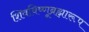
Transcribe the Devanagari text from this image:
शिवविष्णूब्रह्मारूप